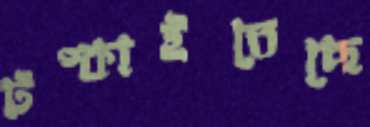
টপ্‌কাইতেছে